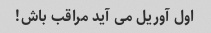
اول آوریل می آید مراقب باش!